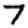
Digit: 7